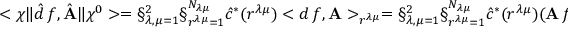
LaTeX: < \chi \| \hat { d } \, f , \hat { \bf A } \| \chi ^ { 0 } > = \S _ { \lambda , \mu = 1 } ^ { 2 } \S _ { r ^ { \lambda \mu } = 1 } ^ { N _ { \lambda \mu } } \hat { c } ^ { * } ( r ^ { \lambda \mu } ) < d \, f , { \bf A } > _ { r ^ { \lambda \mu } } = \S _ { \lambda , \mu = 1 } ^ { 2 } \S _ { r ^ { \lambda \mu } = 1 } ^ { N _ { \lambda \mu } } \hat { c } ^ { * } ( r ^ { \lambda \mu } ) ( { \bf A } \, f ) _ { r ^ { \lambda \mu } } .